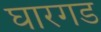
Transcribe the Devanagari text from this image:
घारगड